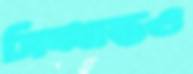
সিদ্ধান্তও